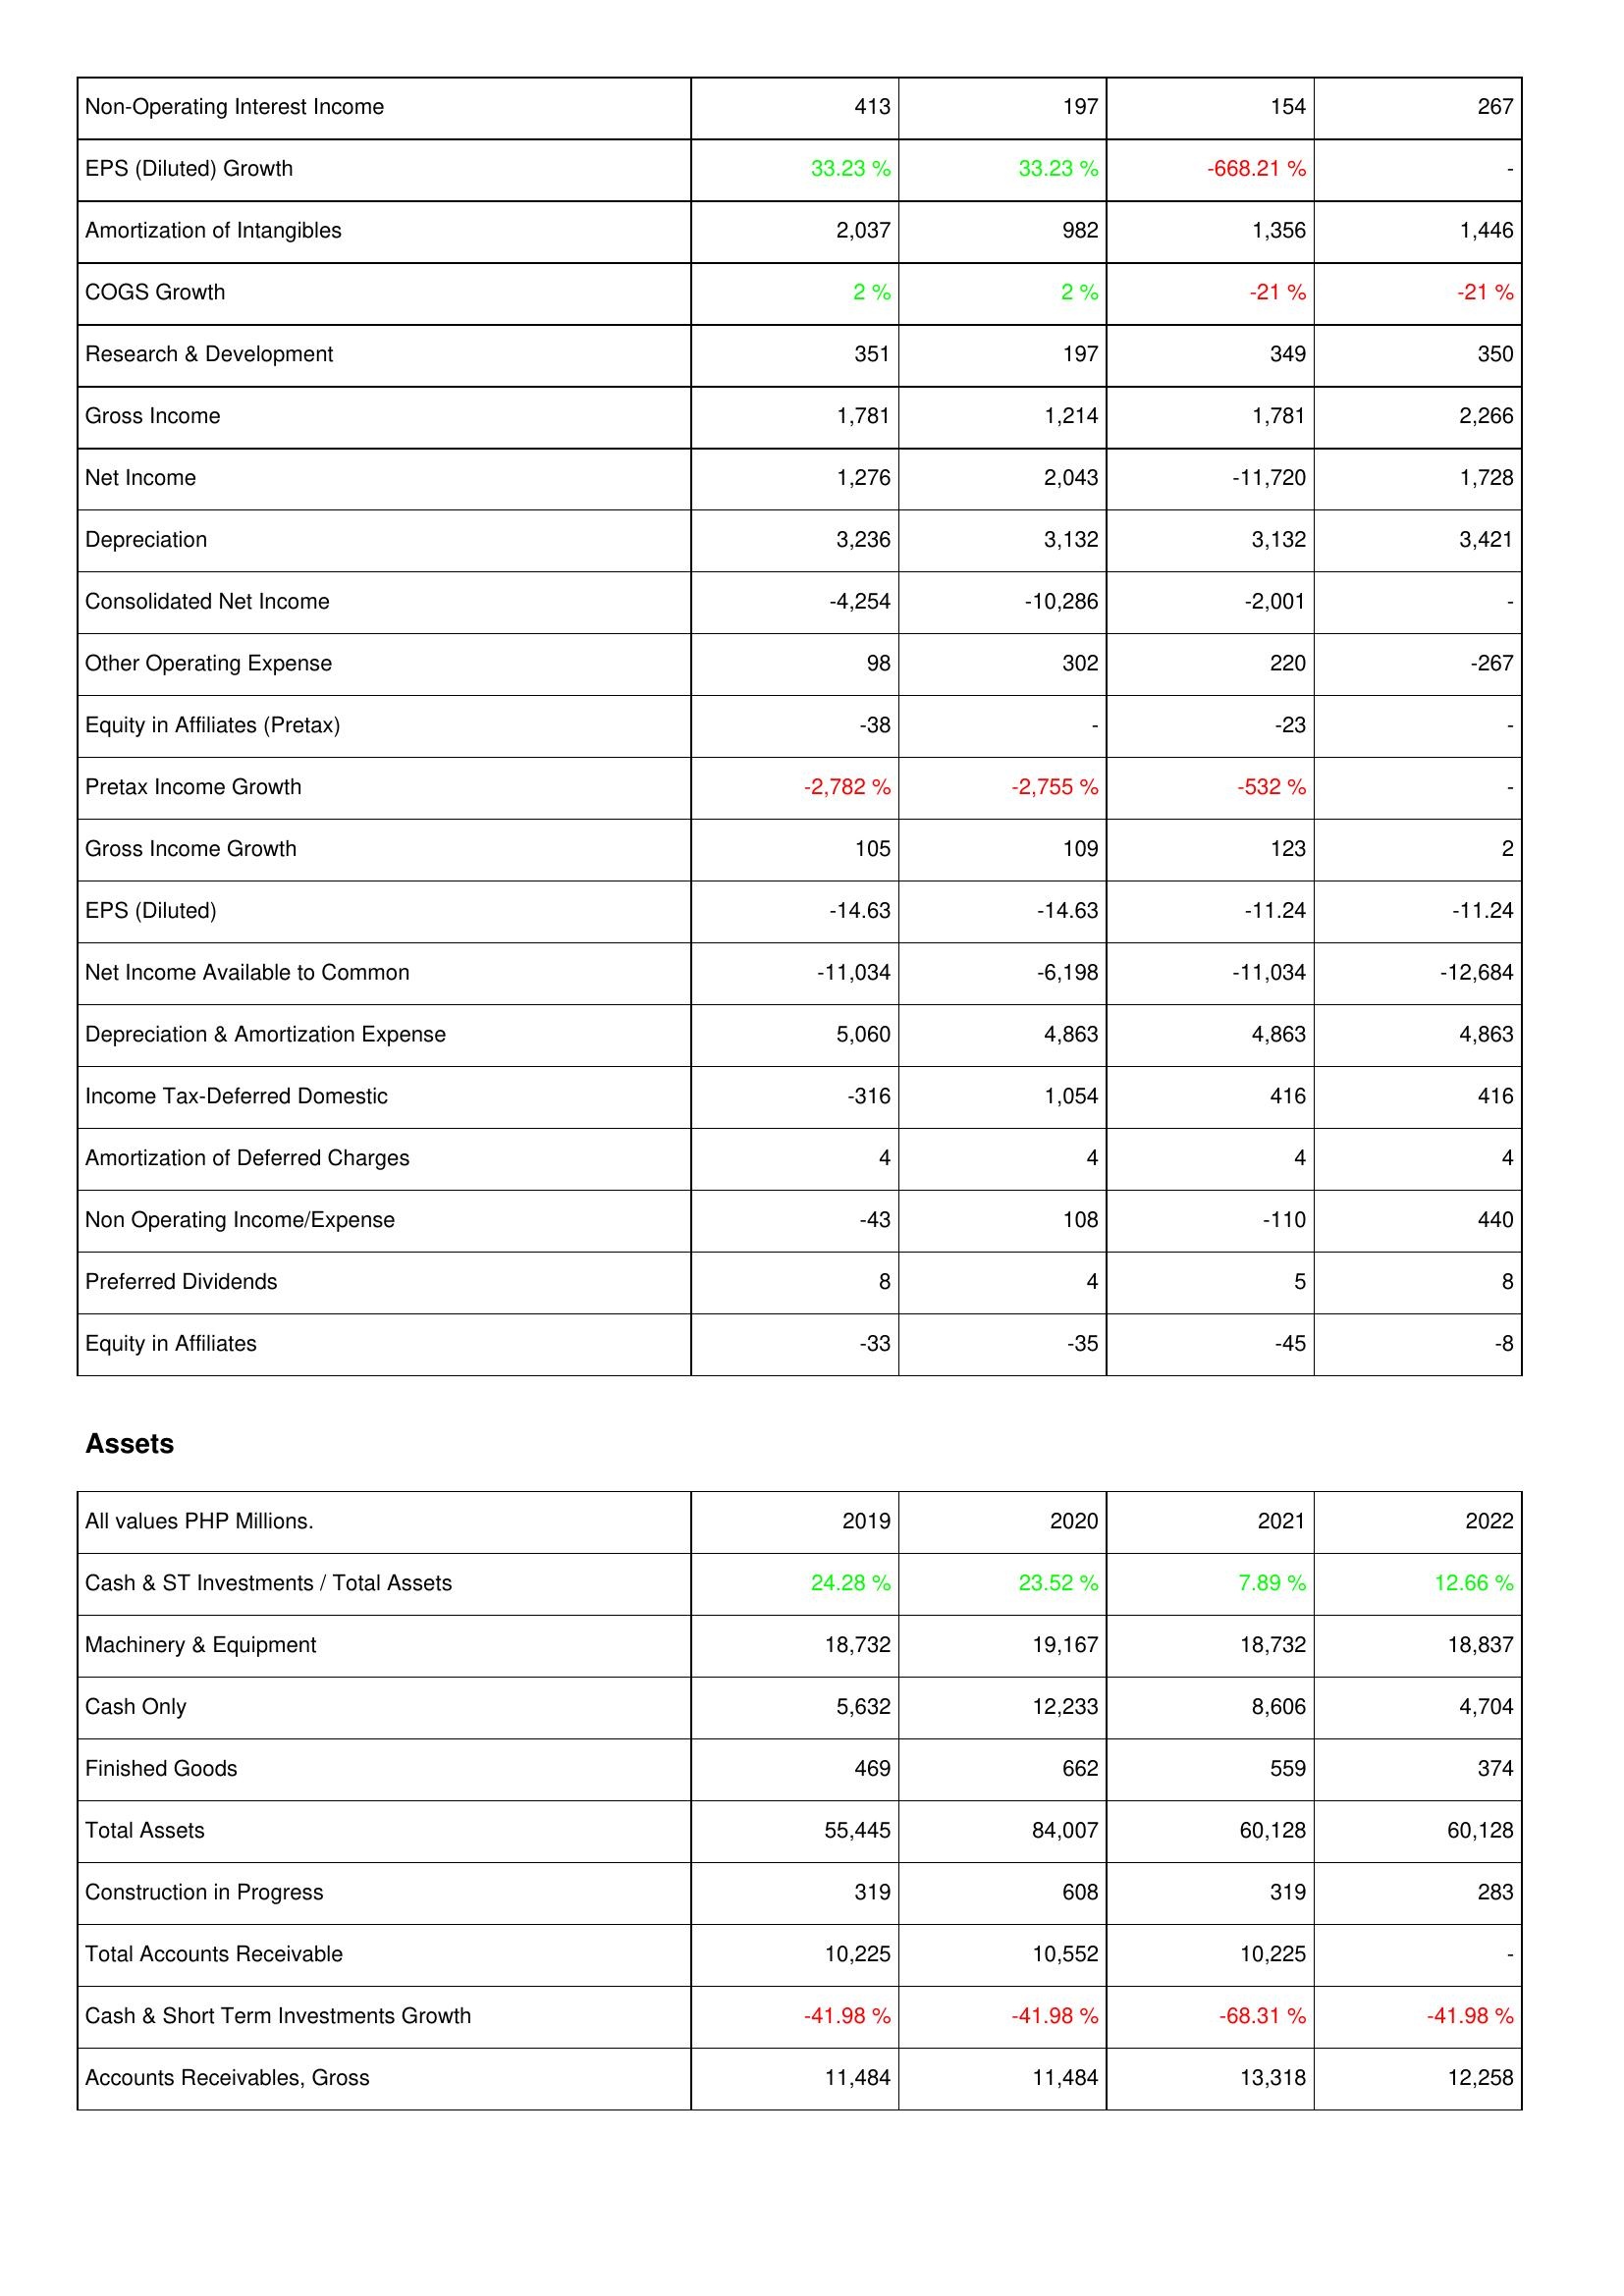
2019: Income Statement: Non-Operating Interest Income: 413
EPS (Diluted) Growth: 33.23 %
Amortization of Intangibles: 2,037
COGS Growth: 2 %
Research & Development: 351
Gross Income: 1,781
Net Income: 1,276
Depreciation: 3,236
Consolidated Net Income: -4,254
Other Operating Expense: 98
Equity in Affiliates (Pretax): -38
Pretax Income Growth: -2,782 %
Gross Income Growth: 105
EPS (Diluted): -14.63
Net Income Available to Common: -11,034
Depreciation & Amortization Expense: 5,060
Income Tax-Deferred Domestic: -316
Amortization of Deferred Charges: 4
Non Operating Income/Expense: -43
Preferred Dividends: 8
Equity in Affiliates: -33
Assets: Cash & ST Investments / Total Assets: 24.28 %
Machinery & Equipment: 18,732
Cash Only: 5,632
Finished Goods: 469
Total Assets: 55,445
Construction in Progress: 319
Total Accounts Receivable: 10,225
Cash & Short Term Investments Growth: -41.98 %
Accounts Receivables, Gross: 11,484
2020: Income Statement: Non-Operating Interest Income: 197
EPS (Diluted) Growth: 33.23 %
Amortization of Intangibles: 982
COGS Growth: 2 %
Research & Development: 197
Gross Income: 1,214
Net Income: 2,043
Depreciation: 3,132
Consolidated Net Income: -10,286
Other Operating Expense: 302
Equity in Affiliates (Pretax): -
Pretax Income Growth: -2,755 %
Gross Income Growth: 109
EPS (Diluted): -14.63
Net Income Available to Common: -6,198
Depreciation & Amortization Expense: 4,863
Income Tax-Deferred Domestic: 1,054
Amortization of Deferred Charges: 4
Non Operating Income/Expense: 108
Preferred Dividends: 4
Equity in Affiliates: -35
Assets: Cash & ST Investments / Total Assets: 23.52 %
Machinery & Equipment: 19,167
Cash Only: 12,233
Finished Goods: 662
Total Assets: 84,007
Construction in Progress: 608
Total Accounts Receivable: 10,552
Cash & Short Term Investments Growth: -41.98 %
Accounts Receivables, Gross: 11,484
2021: Income Statement: Non-Operating Interest Income: 154
EPS (Diluted) Growth: -668.21 %
Amortization of Intangibles: 1,356
COGS Growth: -21 %
Research & Development: 349
Gross Income: 1,781
Net Income: -11,720
Depreciation: 3,132
Consolidated Net Income: -2,001
Other Operating Expense: 220
Equity in Affiliates (Pretax): -23
Pretax Income Growth: -532 %
Gross Income Growth: 123
EPS (Diluted): -11.24
Net Income Available to Common: -11,034
Depreciation & Amortization Expense: 4,863
Income Tax-Deferred Domestic: 416
Amortization of Deferred Charges: 4
Non Operating Income/Expense: -110
Preferred Dividends: 5
Equity in Affiliates: -45
Assets: Cash & ST Investments / Total Assets: 7.89 %
Machinery & Equipment: 18,732
Cash Only: 8,606
Finished Goods: 559
Total Assets: 60,128
Construction in Progress: 319
Total Accounts Receivable: 10,225
Cash & Short Term Investments Growth: -68.31 %
Accounts Receivables, Gross: 13,318
2022: Income Statement: Non-Operating Interest Income: 267
EPS (Diluted) Growth: -
Amortization of Intangibles: 1,446
COGS Growth: -21 %
Research & Development: 350
Gross Income: 2,266
Net Income: 1,728
Depreciation: 3,421
Consolidated Net Income: -
Other Operating Expense: -267
Equity in Affiliates (Pretax): -
Pretax Income Growth: -
Gross Income Growth: 2
EPS (Diluted): -11.24
Net Income Available to Common: -12,684
Depreciation & Amortization Expense: 4,863
Income Tax-Deferred Domestic: 416
Amortization of Deferred Charges: 4
Non Operating Income/Expense: 440
Preferred Dividends: 8
Equity in Affiliates: -8
Assets: Cash & ST Investments / Total Assets: 12.66 %
Machinery & Equipment: 18,837
Cash Only: 4,704
Finished Goods: 374
Total Assets: 60,128
Construction in Progress: 283
Total Accounts Receivable: -
Cash & Short Term Investments Growth: -41.98 %
Accounts Receivables, Gross: 12,258